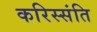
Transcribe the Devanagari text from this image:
करिस्संति